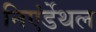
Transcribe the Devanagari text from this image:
निएंर्डेथल